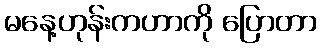
မနေ့ဟုန်းကဟာကို ပြောတာ